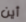
أين